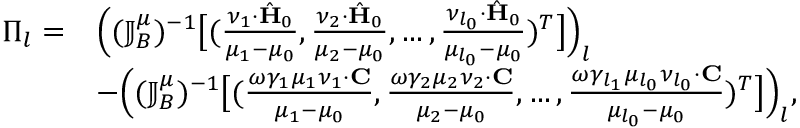
\begin{array} { r l } { \Pi _ { l } = } & { \Big ( ( \mathbb { J } _ { B } ^ { \mu } ) ^ { - 1 } \big [ ( \frac { \nu _ { 1 } \cdot \hat { \mathbf { H } } _ { 0 } } { \mu _ { 1 } - \mu _ { 0 } } , \frac { \nu _ { 2 } \cdot \hat { \mathbf { H } } _ { 0 } } { \mu _ { 2 } - \mu _ { 0 } } , \ldots , \frac { \nu _ { l _ { 0 } } \cdot \hat { \mathbf { H } } _ { 0 } } { \mu _ { l _ { 0 } } - \mu _ { 0 } } ) ^ { T } \big ] \Big ) _ { l } } \\ & { - \Big ( ( \mathbb { J } _ { B } ^ { \mu } ) ^ { - 1 } \big [ ( \frac { \omega \gamma _ { 1 } \mu _ { 1 } \nu _ { 1 } \cdot \mathbf { C } } { \mu _ { 1 } - \mu _ { 0 } } , \frac { \omega \gamma _ { 2 } \mu _ { 2 } \nu _ { 2 } \cdot \mathbf { C } } { \mu _ { 2 } - \mu _ { 0 } } , \ldots , \frac { \omega \gamma _ { l _ { 1 } } \mu _ { l _ { 0 } } \nu _ { l _ { 0 } } \cdot \mathbf { C } } { \mu _ { l _ { 0 } } - \mu _ { 0 } } ) ^ { T } \big ] \Big ) _ { l } , } \end{array}